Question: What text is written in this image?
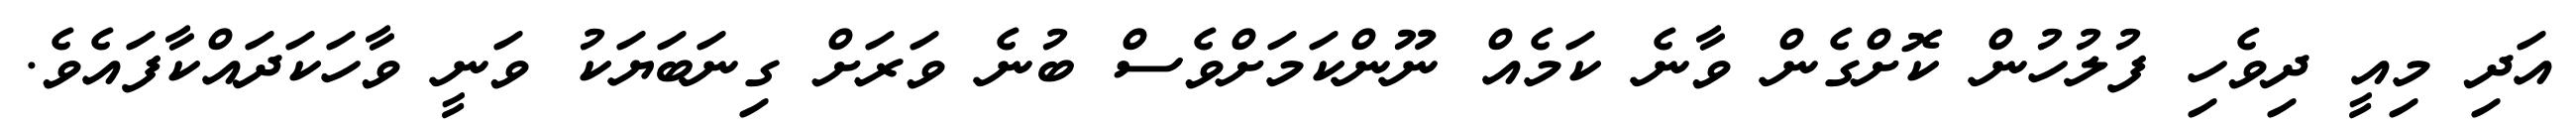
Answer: އަދި މިއީ ދިވެހި ފުލުހުން ކޮށްގެން ވާނެ ކަމެއް ނޫންކަމަށްވެސް ބުނެ ވަރަށް ގިނަބަޔަކު ވަނީ ވާހަކަދައްކާފައެވެ.